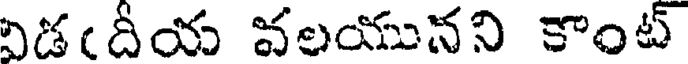
విడఁదీయ వలయునని కాంట్